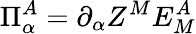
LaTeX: \Pi_{\alpha}^{A}=\partial_{\alpha}Z^{M}E_{M}^{A}